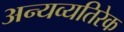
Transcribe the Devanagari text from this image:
अन्यव्यतिरेक